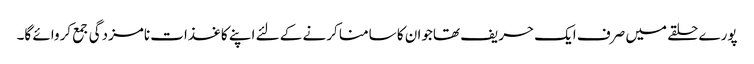
پورے حلقے میں صرف ایک حریف تھاجوان کا سامنا کرنے کے لئے اپنے کاغذات نامزدگی جمع کروائے گا۔